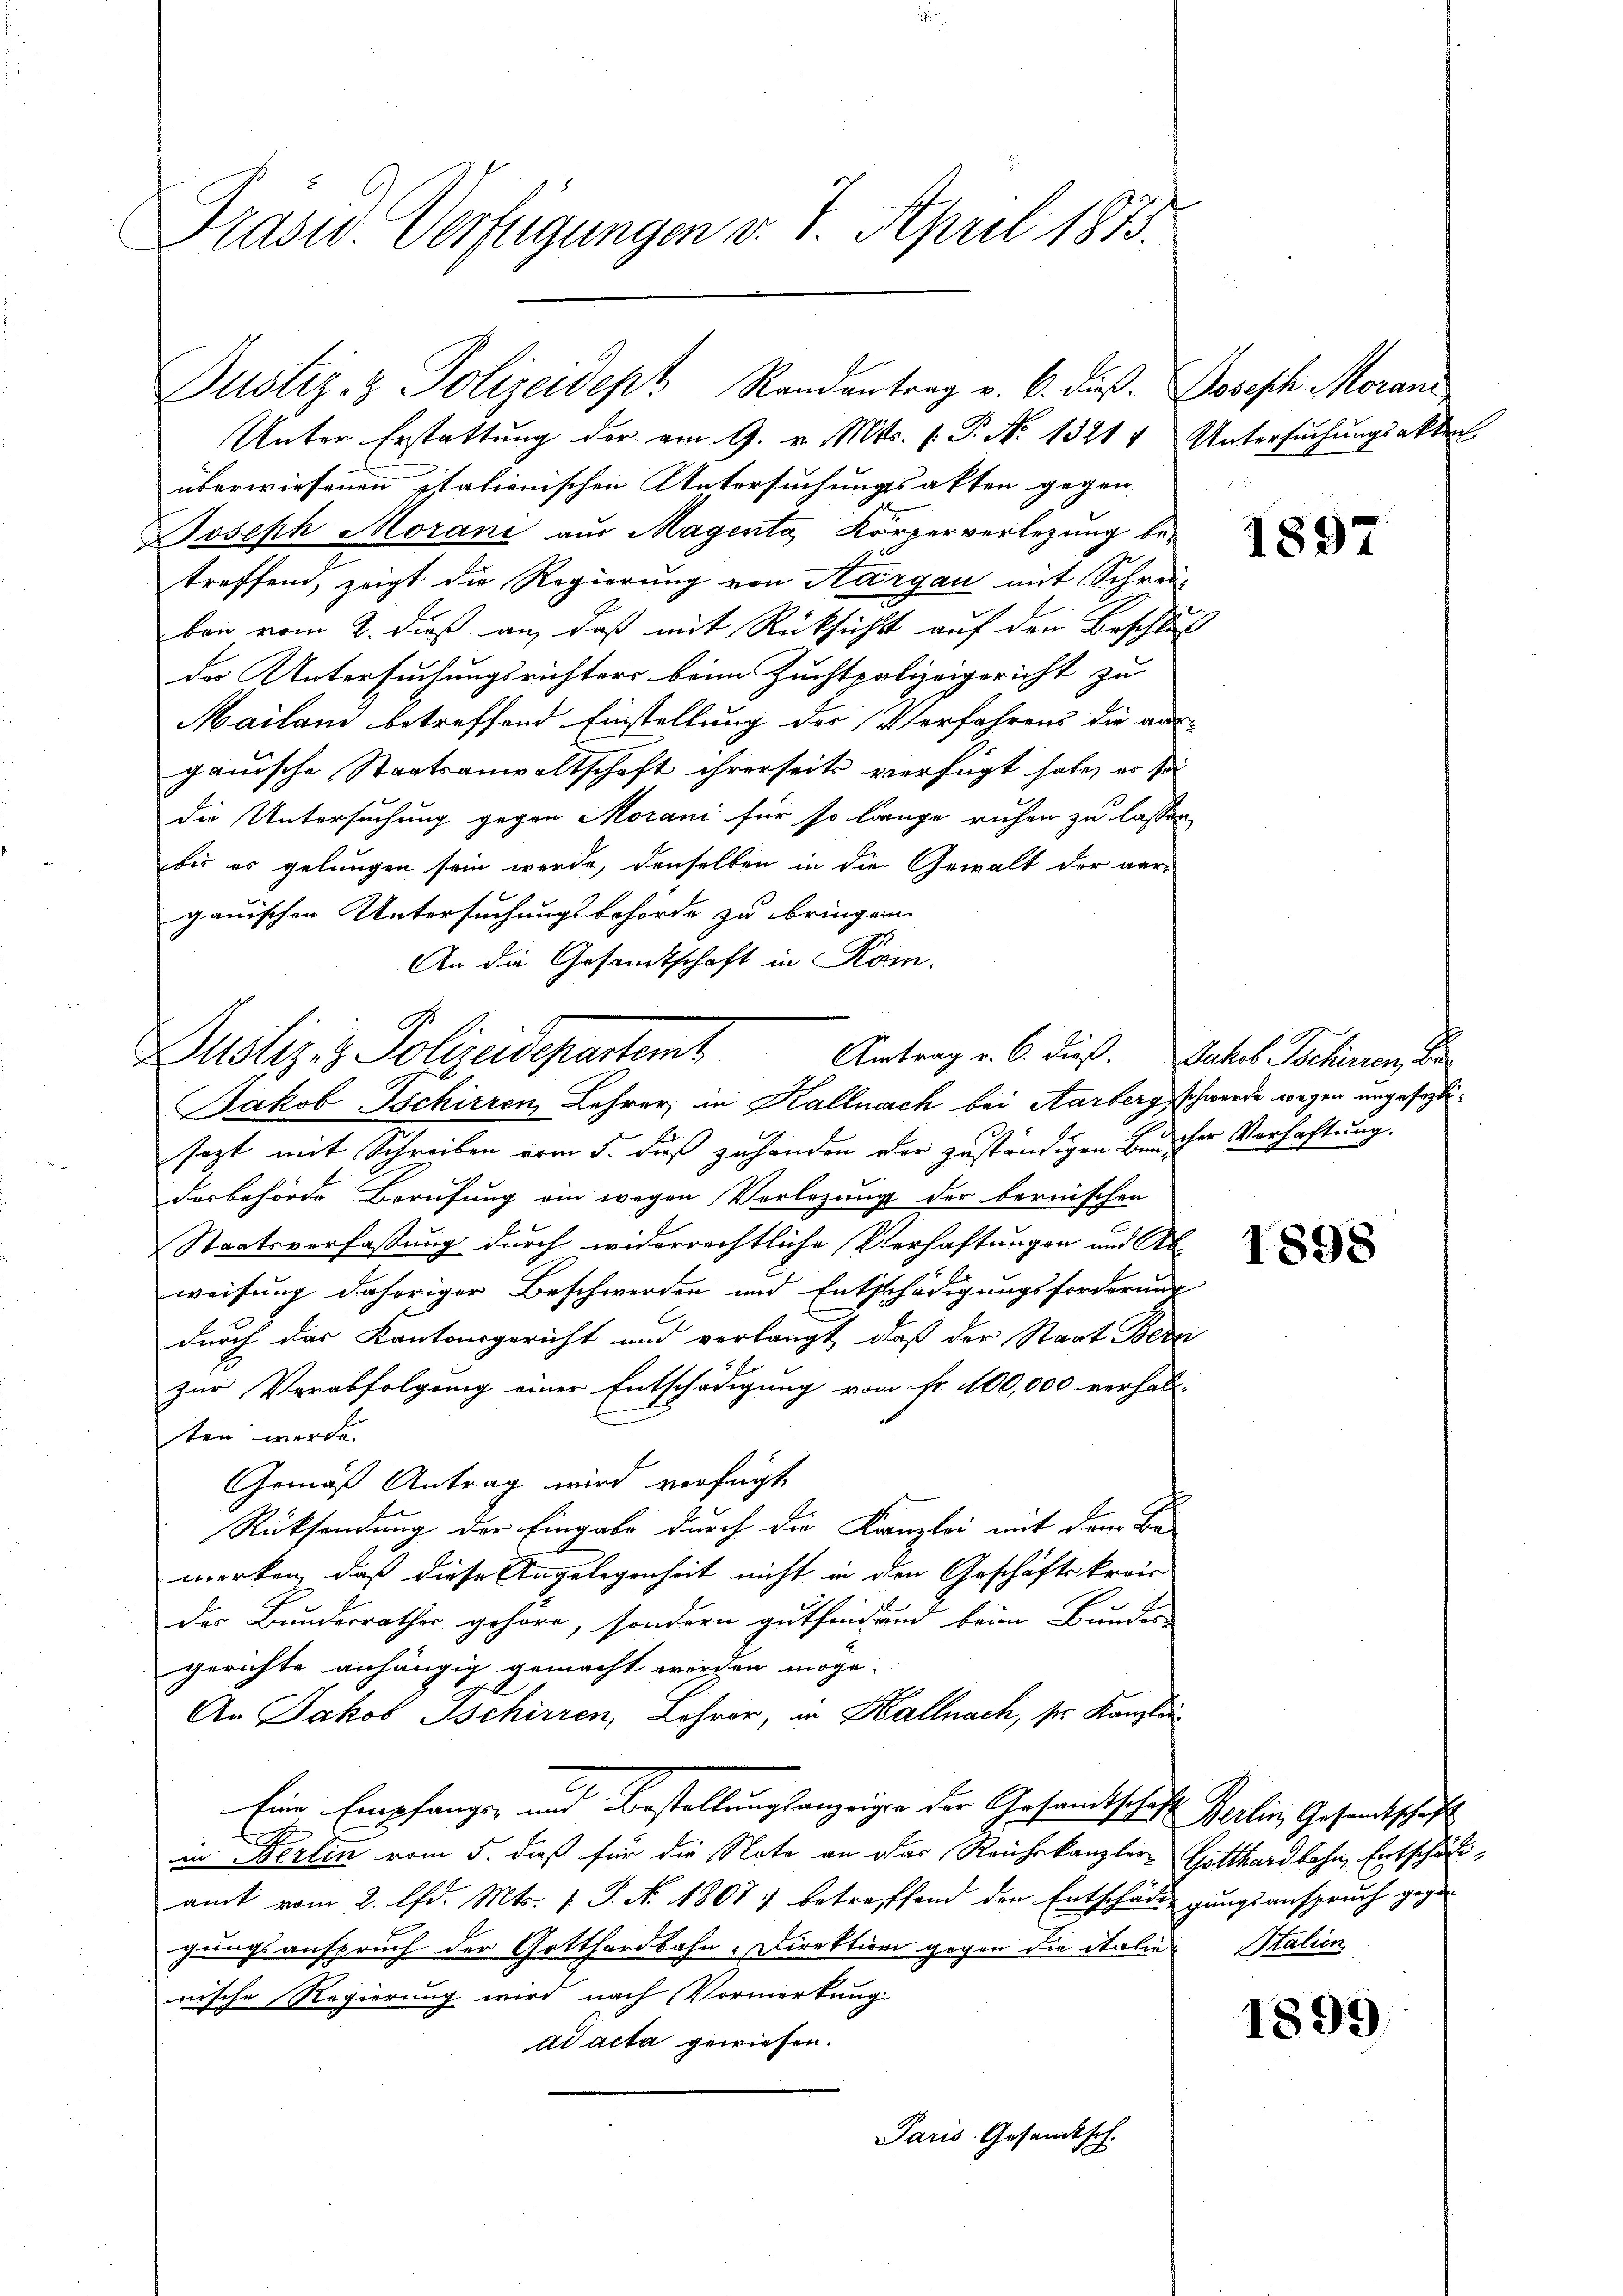
Präsid. Verfügungen v. 7. April 1873.

Unter Erstattung der am 9. v. Mts. (: P. No 13214 Untersuchungsakten
überwiesenen itationischen Untersuchungsakten gegen
Joseph Morani aus Magenta Körperverlegung be-
treffend, zeigt die Regierung von Aargau mit Schrei-
ben vom 2. dieß an, daß mit Rücksicht auf den Beschluß
der Untersuchungsrichters beim Zuchtpolizeigericht zu
Mailand betreffend Einstellung der Verfahrens die aus-
ganische Staatsanwaltschaft ihrerseits verfügt habe, es sei
die Untersuchung gegen Morani für so lange ruhen zu lassen
bis er gelungen sein werde, denselben in die Gewalt der ver-
gauischen Untersuchungsbehörde zu bringen.
An die Gesamtschaft in Rom.

Justiz- & Polizeidept Randantrag v. 6. dieß. Dosisch Moran

x
sagt mit Schreiben vom 5. daß zuhanden der zuständigen Bercher Verhaftung.
derbehörde Berufung ein wegen Verlegung der bernischen
Staatsverfassung durch widerrechtliche Verhaftungen und Ab-
weisung daheriger Beschwerden und Entschädigungsforderung
durch das Kantonsgericht und verlangt, daß der Staat Bern
zur Verabfolgung einer Entschädigung von Fr. 100,000 verhalt-
ten werde.
Gemäß Antrag wird verfügt
Rücksendung der Eingabe durch die Kanzlei mit dem Be-
werken, daß diese Angelegenheit nicht in den Geschäftskreis
der Bundesrathes gehöre, sondern gutfind und beim Bundes-
gerichte anhängig gemacht werden möge.
An Jakob Ischirren, Lehrer, in Kallnach, s. Kanzlei
Eine Empfange und Bestellungsanzeigen der Gesandtschaft Berlin Gesandtschaft
in Berlin vom 5. daß für die Note an das Reichskanzlei- Gotthardbahn, Entschäft,
amt vom 2. Ad. Mts. 1 S. No. 1807. betreffend den Entschädigungsanspruch gegen
gungsanspruch der Gotthardbahn-Direktion gegen die italie
nische Regierung wird nach Vormerkung
ad acta gewiesen.
Paris Gesandtsch.

Dustizis Polizeidepartamt
Antrag u. 6. dieß. Jakob Tschirren Be
Jakob Ischirren Lehrer in Kallnach bei Aarberg schwerde wegen ungesezli¬

1897

1898

Italien

1899